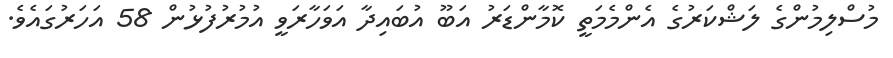
މުސްލިމުންގެ ލަޝްކަރުގެ އެންމެމަތީ ކޮމާންޑަރު އަބޫ އުބައިދާ އަވަހާރަވީ އުމުރުފުޅުން 58 އަހަރުގައެވެ.